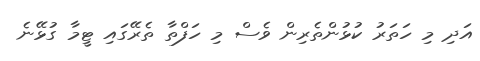
އަދި މި ހަތަރު ކުޅުންތެރިން ވެސް މި ހަފްތާ ތެރޭގައި ޓީމާ ގުޅޭނެ